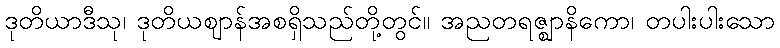
ဒုတိယာဒီသု၊ ဒုတိယဈာန်အစရှိသည်တို့တွင်။ အညတရဇ္ဈာနိကော၊ တပါးပါးသော